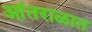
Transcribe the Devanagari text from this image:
आंतराळात